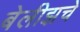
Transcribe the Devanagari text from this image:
बेलीझचे